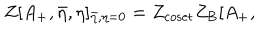
Z [ A _ { + } , { \bar { \eta } } , \eta ] _ { \bar { \eta } , \eta = 0 } = Z _ { \mathrm { c o s e t } } Z _ { \mathrm { B } } [ A _ { + } ,